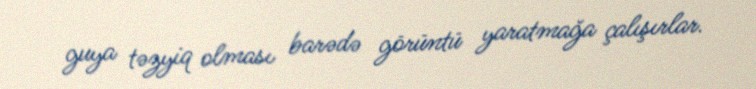
guya təzyiq olması barədə görüntü yaratmağa çalışırlar.